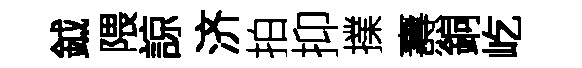
鉞隈諒济拍抑擈燾銅屹